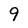
Character: 9